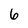
Character: 6